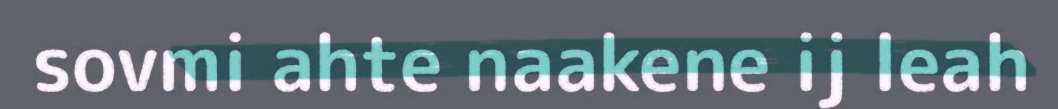
sovmi ahte naakene ij leah